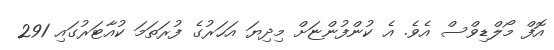
އޮފް މޯލްޑިވްސް އެވެ. އެ ކުންފުންޏަށް މިދިޔަ އަހަރުގެ ފުރަތަމަ ކުއާޓަރުގައި 291